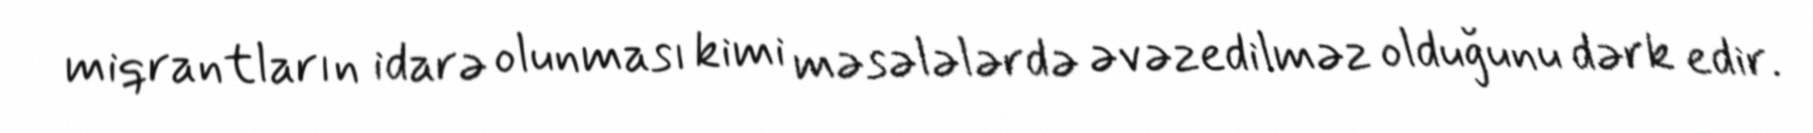
miqrantların idarə olunması kimi məsələlərdə əvəzedilməz olduğunu dərk edir.